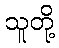
သူတို့